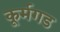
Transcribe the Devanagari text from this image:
कूर्मगड